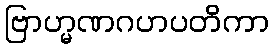
ဗြာဟ္မဏဂဟပတိကာ